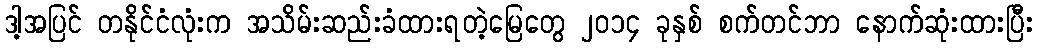
ဒါ့အပြင် တနိုင်ငံလုံးက အသိမ်းဆည်းခံထားရတဲ့မြေတွေ ၂၀၁၄ ခုနှစ် စက်တင်ဘာ နောက်ဆုံးထားပြီး